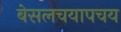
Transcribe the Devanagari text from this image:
बेसलचयापचय